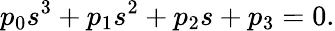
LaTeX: p_{0}s^{3}+p_{1}s^{2}+p_{2}s+p_{3}=0.